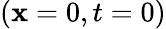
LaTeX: (\mathbf{x}=0,t=0)